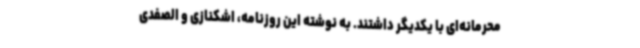
محرمانه‌ای با یکدیگر داشتند. به نوشته این روزنامه، اشکنازی و الصفدی